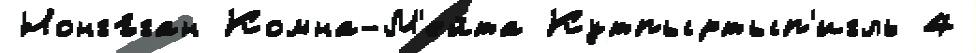
Нонгъ́ган Комна-М'ейта Кутпыртып'игль 4